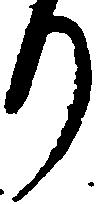
り